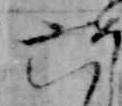
六